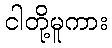
ငါတို့မူကား